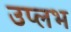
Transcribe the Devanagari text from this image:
उप्लभ